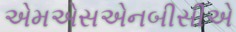
એમએસએનબીસીએ